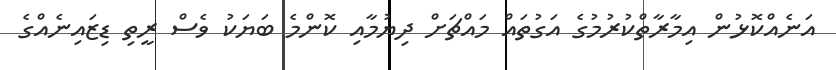
އަނެއްކޮޅުން އިމާރާތްކުރުމުގެ އަގުތައް މައްޗަށް ދިޔުމާއި ކޮންމެ ބަޔަކު ވެސް ރީތި ޑިޒައިނެއްގެ